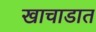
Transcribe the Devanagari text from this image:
खाचाडात